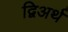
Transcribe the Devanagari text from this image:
द्विअर्थ